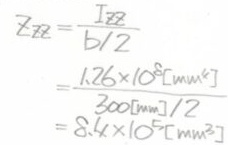
\[
\begin{align*}
Z_{BB}&=\frac{I_{BB}}{b/2}\\
&=\frac{1.26\times 10^{8} [mm^{4}]}{300 [mm]/2}\\
&=8.4\times 10^{5} [mm^{3}]
\end{align*}
\]